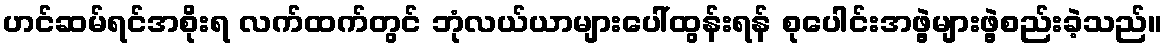
ဟင်ဆမ်ရင်အစိုးရ လက်ထက်တွင် ဘုံလယ်ယာများပေါ်ထွန်းရန် စုပေါင်းအဖွဲ့များဖွဲ့စည်းခဲ့သည်။